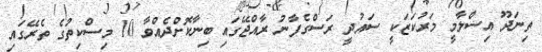
ތިނަދޫ އިސްލާމީ މަރުކަޒަކީ ސައުދީ ރަސްގެފާނު ރާއްޖޭގައި ބިނާކޮށްދެއްވާ 10 މިސްކިތުގެ ތެރޭގައި